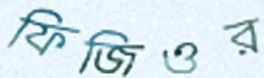
ফিজিওর